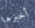
أخبرها